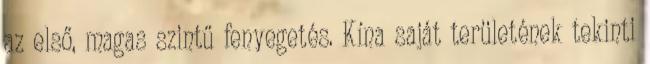
az első, magas szintű fenyegetés. Kína saját területének tekinti